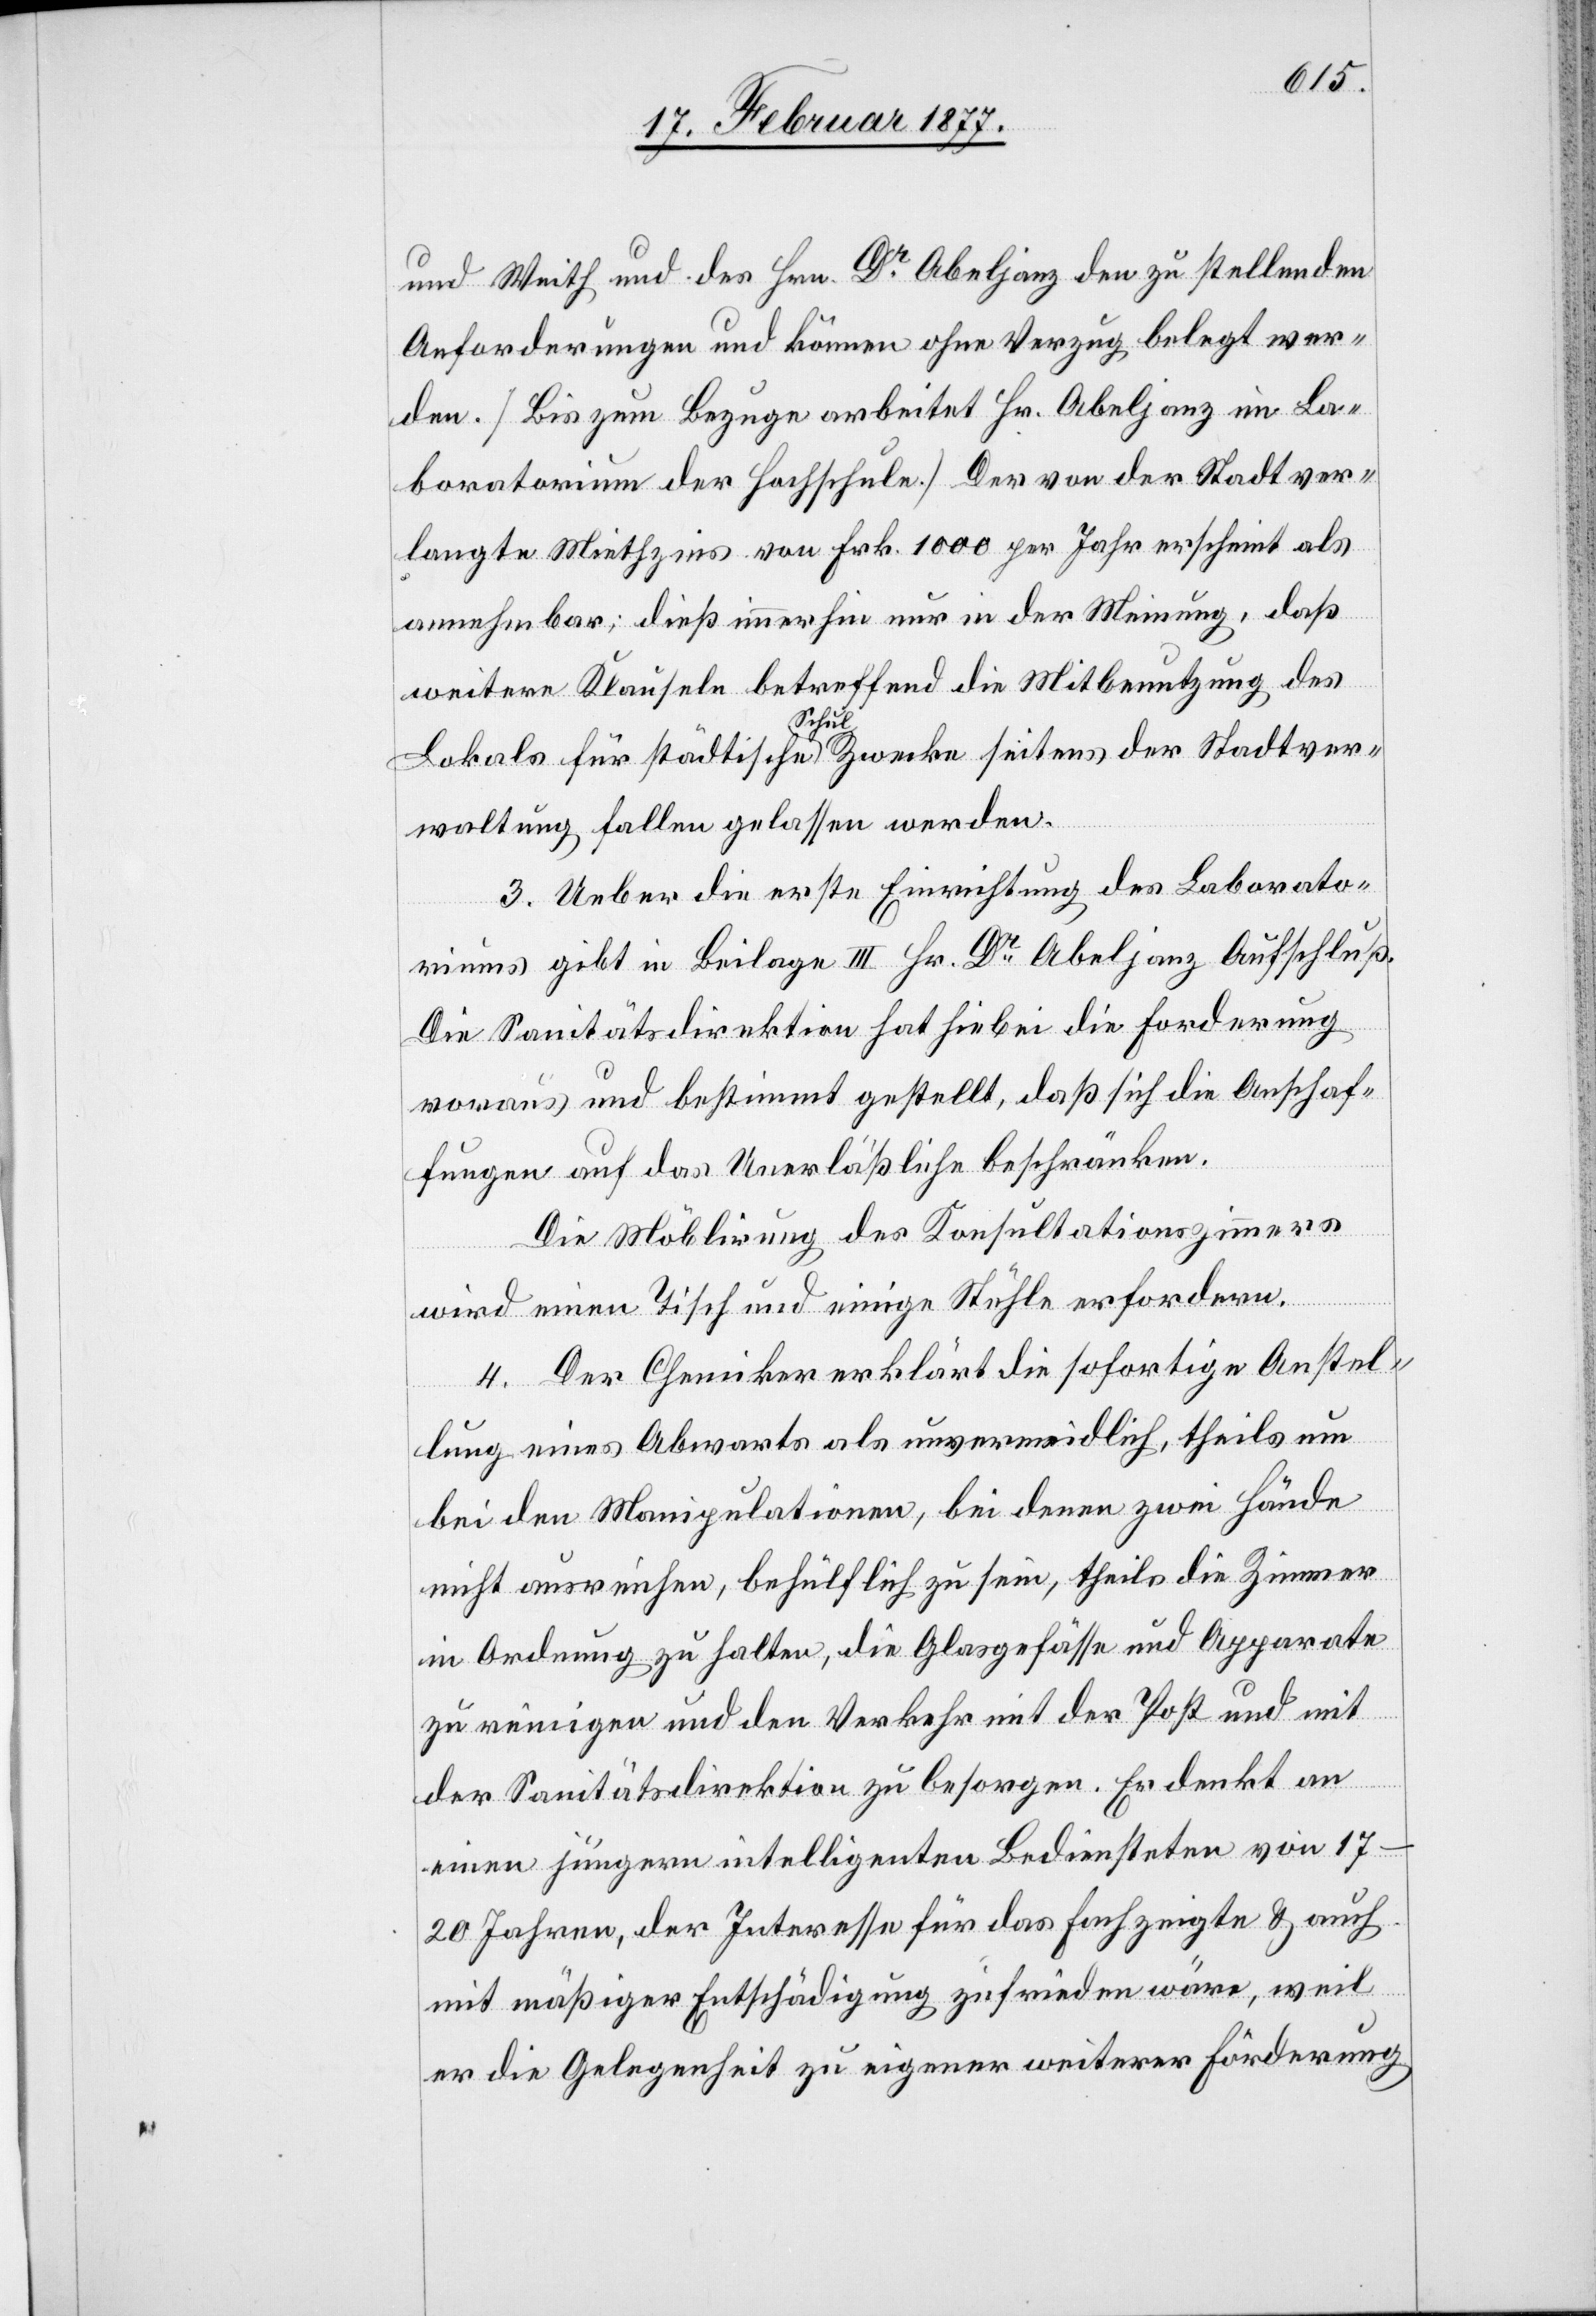
und Weith und des Hrn. Dr Abeljanz den zu stellenden
Anforderungen und können ohne Verzug belegt wer¬
den. [Bis zum Bezuge arbeitet Hr. Abeljanz im La¬
boratorium der Hochschule] Der von der Stadt ver¬
langte Miethzins von Frk. 1000 per Jahr erscheint als
annehmbar; dieß immerhin nur in der Meinung, daß
weitere Klauseln betreffend die Mitbenutzung des
Lokals für städtische a-Schul-aZwecke seitens der Stadtver¬
waltung fallen gelassen werden.
3. Ueber die erste Einrichtung des Laborato¬
riums gibt in Beilage III Hr. Dr Abeljanz Aufschluß.
Die Sanitätsdirektion hat hiebei die Forderung
voraus und bestimmt gestellt, daß sich die Anschaf¬
fungen auf das Unerläßliche beschränken.
Die Möblirung des Konsultationszimmers
wird einen Tisch und einige Stühle erfordern.
4. Der Chemiker erklärt die sofortige Anstel¬
lung eines Abwarts als unvermeidlich, theils um
bei den Manipulationen, bei denen zwei Hände
nicht ausreichen, behülflich zu sein, theils die Zimmer
in Ordnung zu halten, die Glasgefässe und Apparate
zu reinigen und den Verkehr mit der Post und mit
der Sanitätsdirektion zu besorgen. Er denkt an
einen jüngern intelligenten Bediensteten von
17–20 Jahren, der Interesse für das Fach zeigte & auch
mit mäßiger Entschädigung zufrieden wäre, weil
er die Gelegenheit zu eigener weiterer Förderung